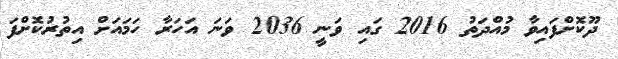
ދޫކޮށްފައިވާ މުއްދަތު 2016 ގައި ވަނީ 2036 ވަނަ އަހަރާ ހަމައަށް އިތުރުކޮށްފަ